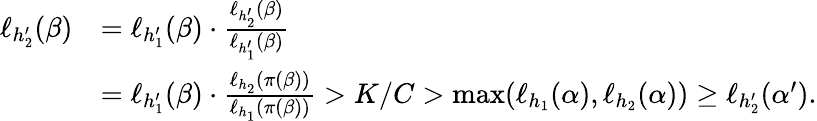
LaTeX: \begin{array}{rl}{\ell_{h_{2}^{\prime}}(\beta)}&{=\ell_{h_{1}^{\prime}}(\beta)\cdot\frac{\ell_{h_{2}^{\prime}}(\beta)}{\ell_{h_{1}^{\prime}}(\beta)}}\\ &{=\ell_{h_{1}^{\prime}}(\beta)\cdot\frac{\ell_{h_{2}}(\pi(\beta))}{\ell_{h_{1}}(\pi(\beta))}>K/C>\operatorname*{max}(\ell_{h_{1}}(\alpha),\ell_{h_{2}}(\alpha))\geq\ell_{h_{2}^{\prime}}(\alpha^{\prime}).}\end{array}